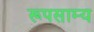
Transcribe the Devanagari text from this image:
रूपसाम्य